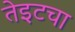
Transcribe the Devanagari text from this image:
तेइटचा